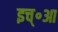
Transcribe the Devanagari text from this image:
इच्॰आ